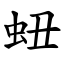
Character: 䖡